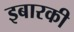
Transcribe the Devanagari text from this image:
इबारकी